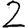
Digit: 2